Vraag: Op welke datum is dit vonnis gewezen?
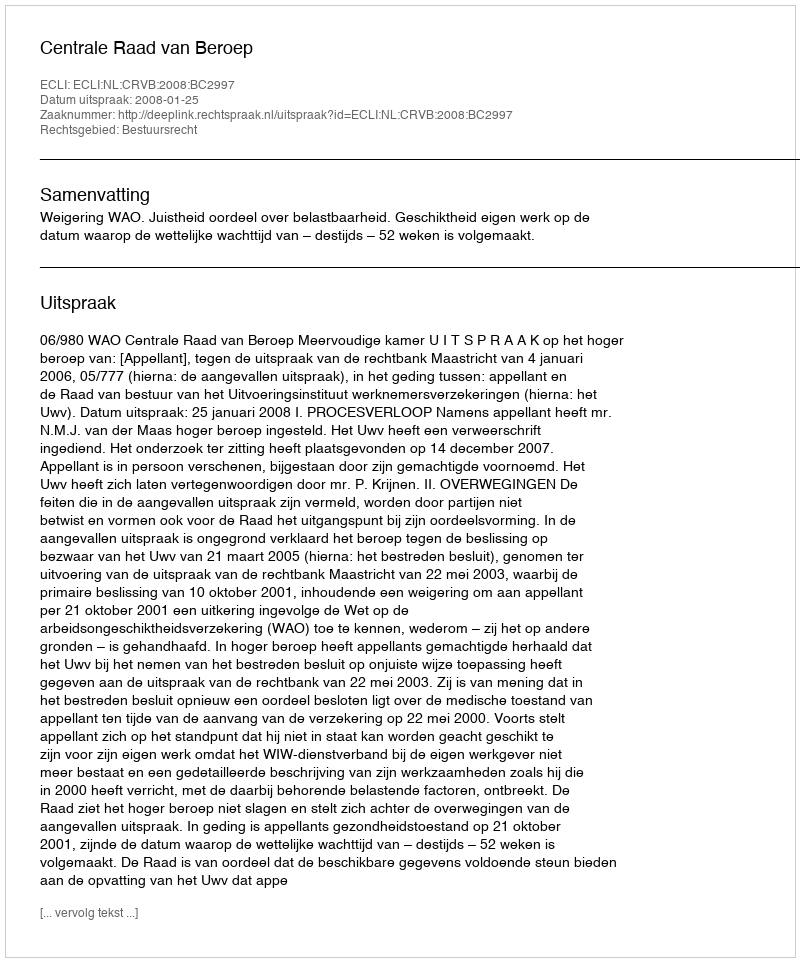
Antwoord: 2008-01-25